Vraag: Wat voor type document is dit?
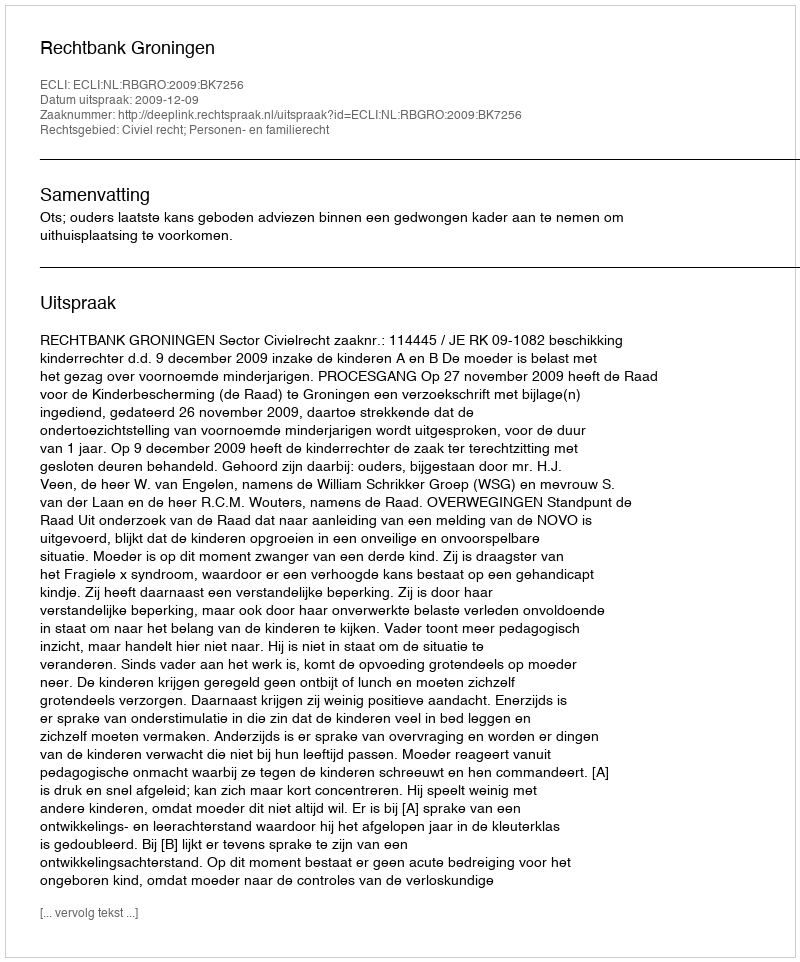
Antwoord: Uitspraak